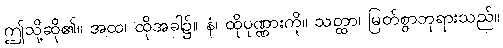
ဤသို့ဆို၏။ အထ၊ ထိုအခါ၌။ နံ၊ ထိုပုဏ္ဏားကို။ သတ္ထာ၊ မြတ်စွာဘုရားသည်။